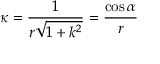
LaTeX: \; \kappa = { \frac { 1 } { r { \sqrt { 1 + k ^ { 2 } } } } } = { \frac { \cos \alpha } { r } }